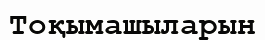
Тоқымашыларын